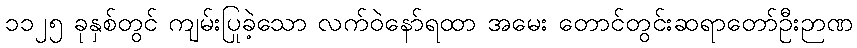
၁၁၂၅ ခုနှစ်တွင် ကျမ်းပြုခဲ့သော လက်ဝဲနော်ရထာ အမေး တောင်တွင်းဆရာတော်ဦးဉာဏ